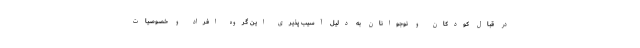
در قبال کودکان و نوجوانان به دلیل آسیب پذیری این گروه افراد و خصوصیات